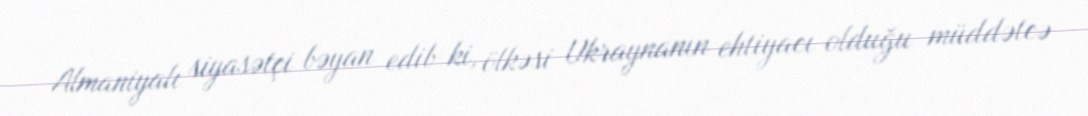
Almaniyalı siyasətçi bəyan edib ki, ölkəsi Ukraynanın ehtiyacı olduğu müddətcə